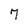
Character: 7